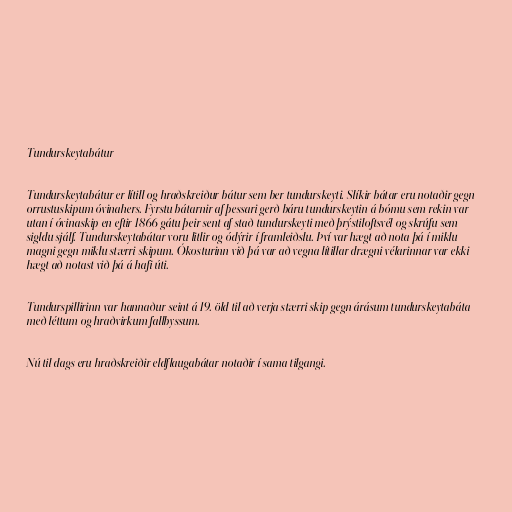
Tundurskeytabátur

Tundurskeytabátur er lítill og hraðskreiður bátur sem ber tundurskeyti. Slíkir bátar eru notaðir gegn
orrustuskipum óvinahers. Fyrstu bátarnir af þessari gerð báru tundurskeytin á bómu sem rekin var
utan í óvinaskip en eftir 1866 gátu þeir sent af stað tundurskeyti með þrýstiloftsvél og skrúfu sem
sigldu sjálf. Tundurskeytabátar voru litlir og ódýrir í framleiðslu. Því var hægt að nota þá í miklu
magni gegn miklu stærri skipum. Ókosturinn við þá var að vegna lítillar drægni vélarinnar var ekki
hægt að notast við þá á hafi úti.

Tundurspillirinn var hannaður seint á 19. öld til að verja stærri skip gegn árásum tundurskeytabáta
með léttum og hraðvirkum fallbyssum.

Nú til dags eru hraðskreiðir eldflaugabátar notaðir í sama tilgangi.